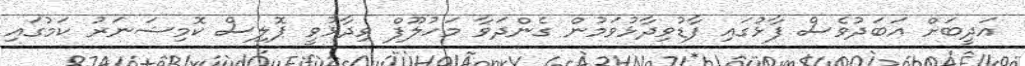
އަދީބަށް އަބަދުވެސް ފާޅުގައި ފާޑުވިދާޅުވަމުން ގެންދަވާ މަހުލޫފް ވިދާޅުވީ ޕޮލިސް ކޮމިޝަނަރު ކަމުގައި